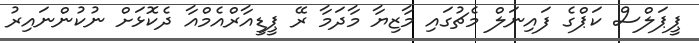
ޕީޕަލްސް ކަޕްގެ ފައިނަލް މެޗުގައި މާޒިޔާ މާދަމާ ރޭ ޕީޑީއާރްއެމްއާ ދެކޮޅަށް ނުކުންނައިރު